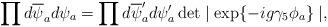
LaTeX: \begin{align*}\prod d\overline{\psi}_a d\psi_a = \prod d\overline{\psi}_a'd\psi_a'\det\mid\exp\{-ig\gamma_5\phi_a\}\mid,\end{align*}